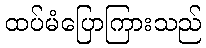
ထပ်မံပြောကြားသည်